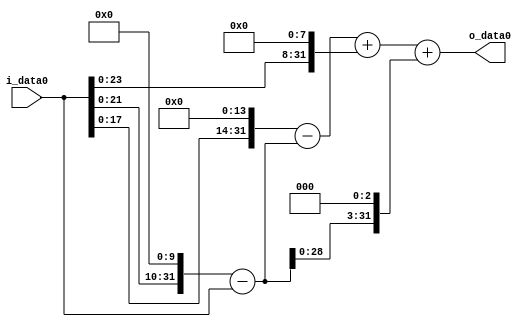
module multiplier_block (
    i_data0,
    o_data0
);

  // Port mode declarations:
  input   [31:0] i_data0;
  output  [31:0]
    o_data0;

  //Multipliers:

  wire [31:0]
    w1,
    w1024,
    w1023,
    w16384,
    w15361,
    w256,
    w15617,
    w8184,
    w23801;

  assign w1 = i_data0;
  assign w1023 = w1024 - w1;
  assign w1024 = w1 << 10;
  assign w15361 = w16384 - w1023;
  assign w15617 = w15361 + w256;
  assign w16384 = w1 << 14;
  assign w23801 = w15617 + w8184;
  assign w256 = w1 << 8;
  assign w8184 = w1023 << 3;

  assign o_data0 = w23801;

  //multiplier_block area estimate = 6602.90402074559;
endmodule